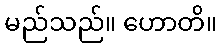
မည်သည်။ ဟောတိ။